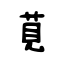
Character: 莧